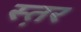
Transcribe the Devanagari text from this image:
स्त़र